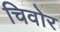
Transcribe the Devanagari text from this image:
चिवोर